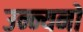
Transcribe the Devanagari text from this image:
उन्न्यनों